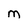
Character: M